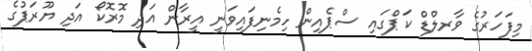
މިފަހަރުގެ ވާރލްޑް ކަޕްގައި ސްޕެއިން ހިމެނިފައިވަނީ އީރާން އަދި މޮރޮކޯ އަދި ޔޫރަޕުގެ